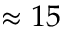
\approx 1 5